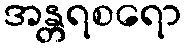
အန္တရစရော